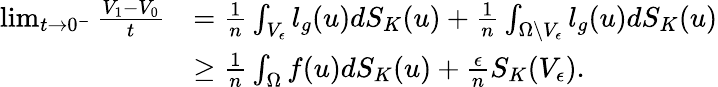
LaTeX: \begin{array}{rl}{\operatorname*{lim}_{t\to 0^{-}}\frac{V_{1}-V_{0}}{t}}&{=\frac{1}{n}\int_{V_{\epsilon}}l_{g}(u)dS_{K}(u)+\frac{1}{n}\int_{\Omega\setminus V_{\epsilon}}l_{g}(u)dS_{K}(u)}\\ &{\geq\frac{1}{n}\int_{\Omega}f(u)dS_{K}(u)+\frac{\epsilon}{n}S_{K}(V_{\epsilon}).}\end{array}